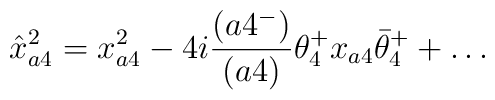
\hat x^2_{a4} = x^2_{a4} -4i{(a4^-)\over (a4)}\theta^+_4x_{a4}\bar\theta^+_4 + \ldots